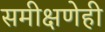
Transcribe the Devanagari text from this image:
समीक्षणेही